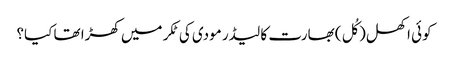
کوئی اکھل (کُل) بھارت کا لیڈر مودی کی ٹکر میں کھڑا تھا کیا؟